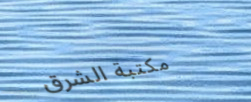
مكتبة الشرق